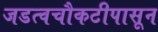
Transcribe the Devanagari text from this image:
जडत्वचौकटीपासून